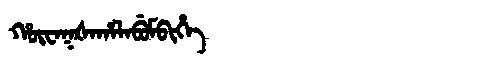
Manchu: ᡥᡡᠸᠠᡴᡧᠠᡥᠠᠯᠠᠪᡠᠮᠪᡳᡥᡝ
Romanization: HŪWAKŠAHALABUMBIHE